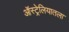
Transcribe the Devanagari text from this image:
ऑस्ट्रेलियातला